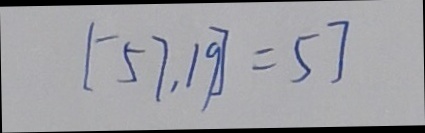
[ - 5 7 . 1 9 ] = 5 ]